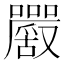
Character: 𡅮